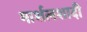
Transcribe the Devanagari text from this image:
मार्शलशादी